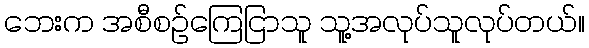
ဘေးက အစီစဉ်ကြေငြာသူ သူ့အလုပ်သူလုပ်တယ်။